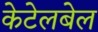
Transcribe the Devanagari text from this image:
केटेलबेल